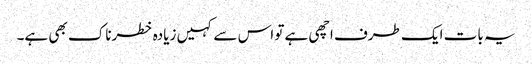
یہ بات ایک طرف اچھی ہے تو اس سے کہیں زیادہ خطرناک بھی ہے۔